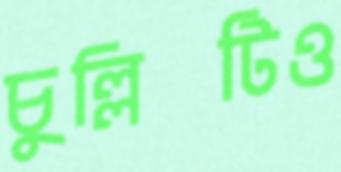
চুল্লিটিও